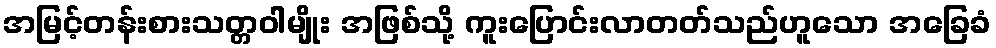
အမြင့်တန်းစားသတ္တဝါမျိုး အဖြစ်သို့ ကူးပြောင်းလာတတ်သည်ဟူသော အခြေခံ